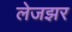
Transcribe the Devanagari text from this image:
लेजझर